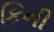
કિની